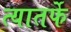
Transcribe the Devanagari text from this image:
त्यातर्फे